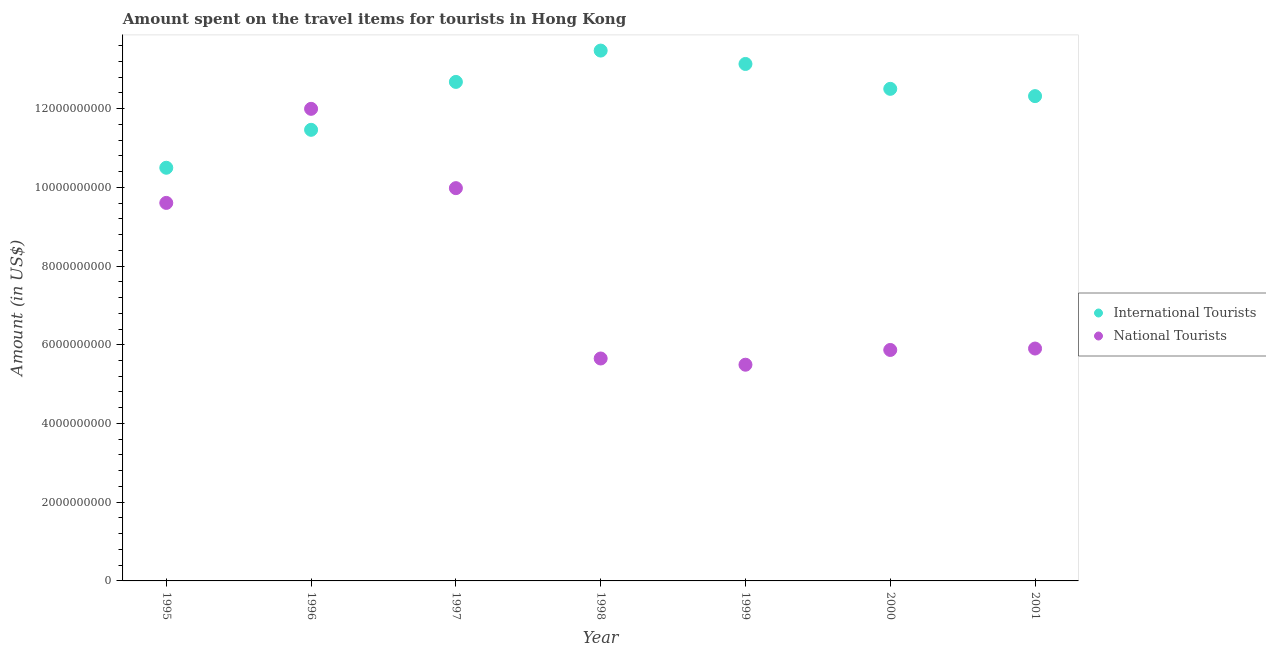
| Year | International Tourists | National Tourists |
 | --- | --- | --- |
 | 1995 | 1.05e+10 | 9.6e+09 |
 | 1996 | 1.15e+10 | 1.2e+10 |
 | 1997 | 1.27e+10 | 9.98e+09 |
 | 1998 | 1.35e+10 | 5.65e+09 |
 | 1999 | 1.31e+10 | 5.49e+09 |
 | 2000 | 1.25e+10 | 5.87e+09 |
 | 2001 | 1.23e+10 | 5.9e+09 |